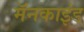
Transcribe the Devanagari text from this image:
मॅनकाइंड